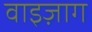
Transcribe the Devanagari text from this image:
वाइज़ाग